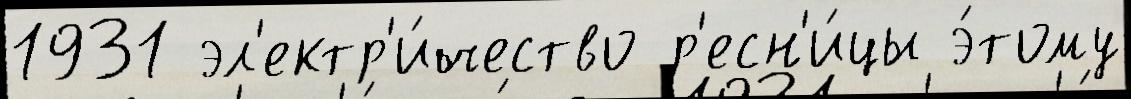
1931 эл'ектр'и́чество р'есн'и́цы э́тому